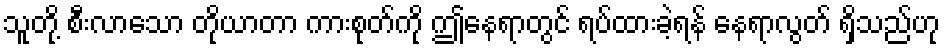
သူတို့ စီးလာသော တိုယာတာ ကားစုတ်ကို ဤနေရာတွင် ရပ်ထားခဲ့ရန် နေရာလွတ် ရှိသည်ဟု